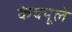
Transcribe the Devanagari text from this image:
केक्यूले